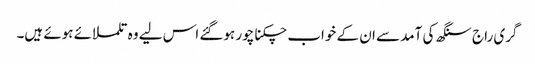
گری راج سنگھ کی آمد سے ان کے خواب چکنا چور ہوگئے اس لیے وہ تلملائے ہوئے ہیں۔